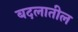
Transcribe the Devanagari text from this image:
बदलातील